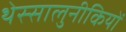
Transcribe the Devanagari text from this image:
थेस्सालुनीकियों